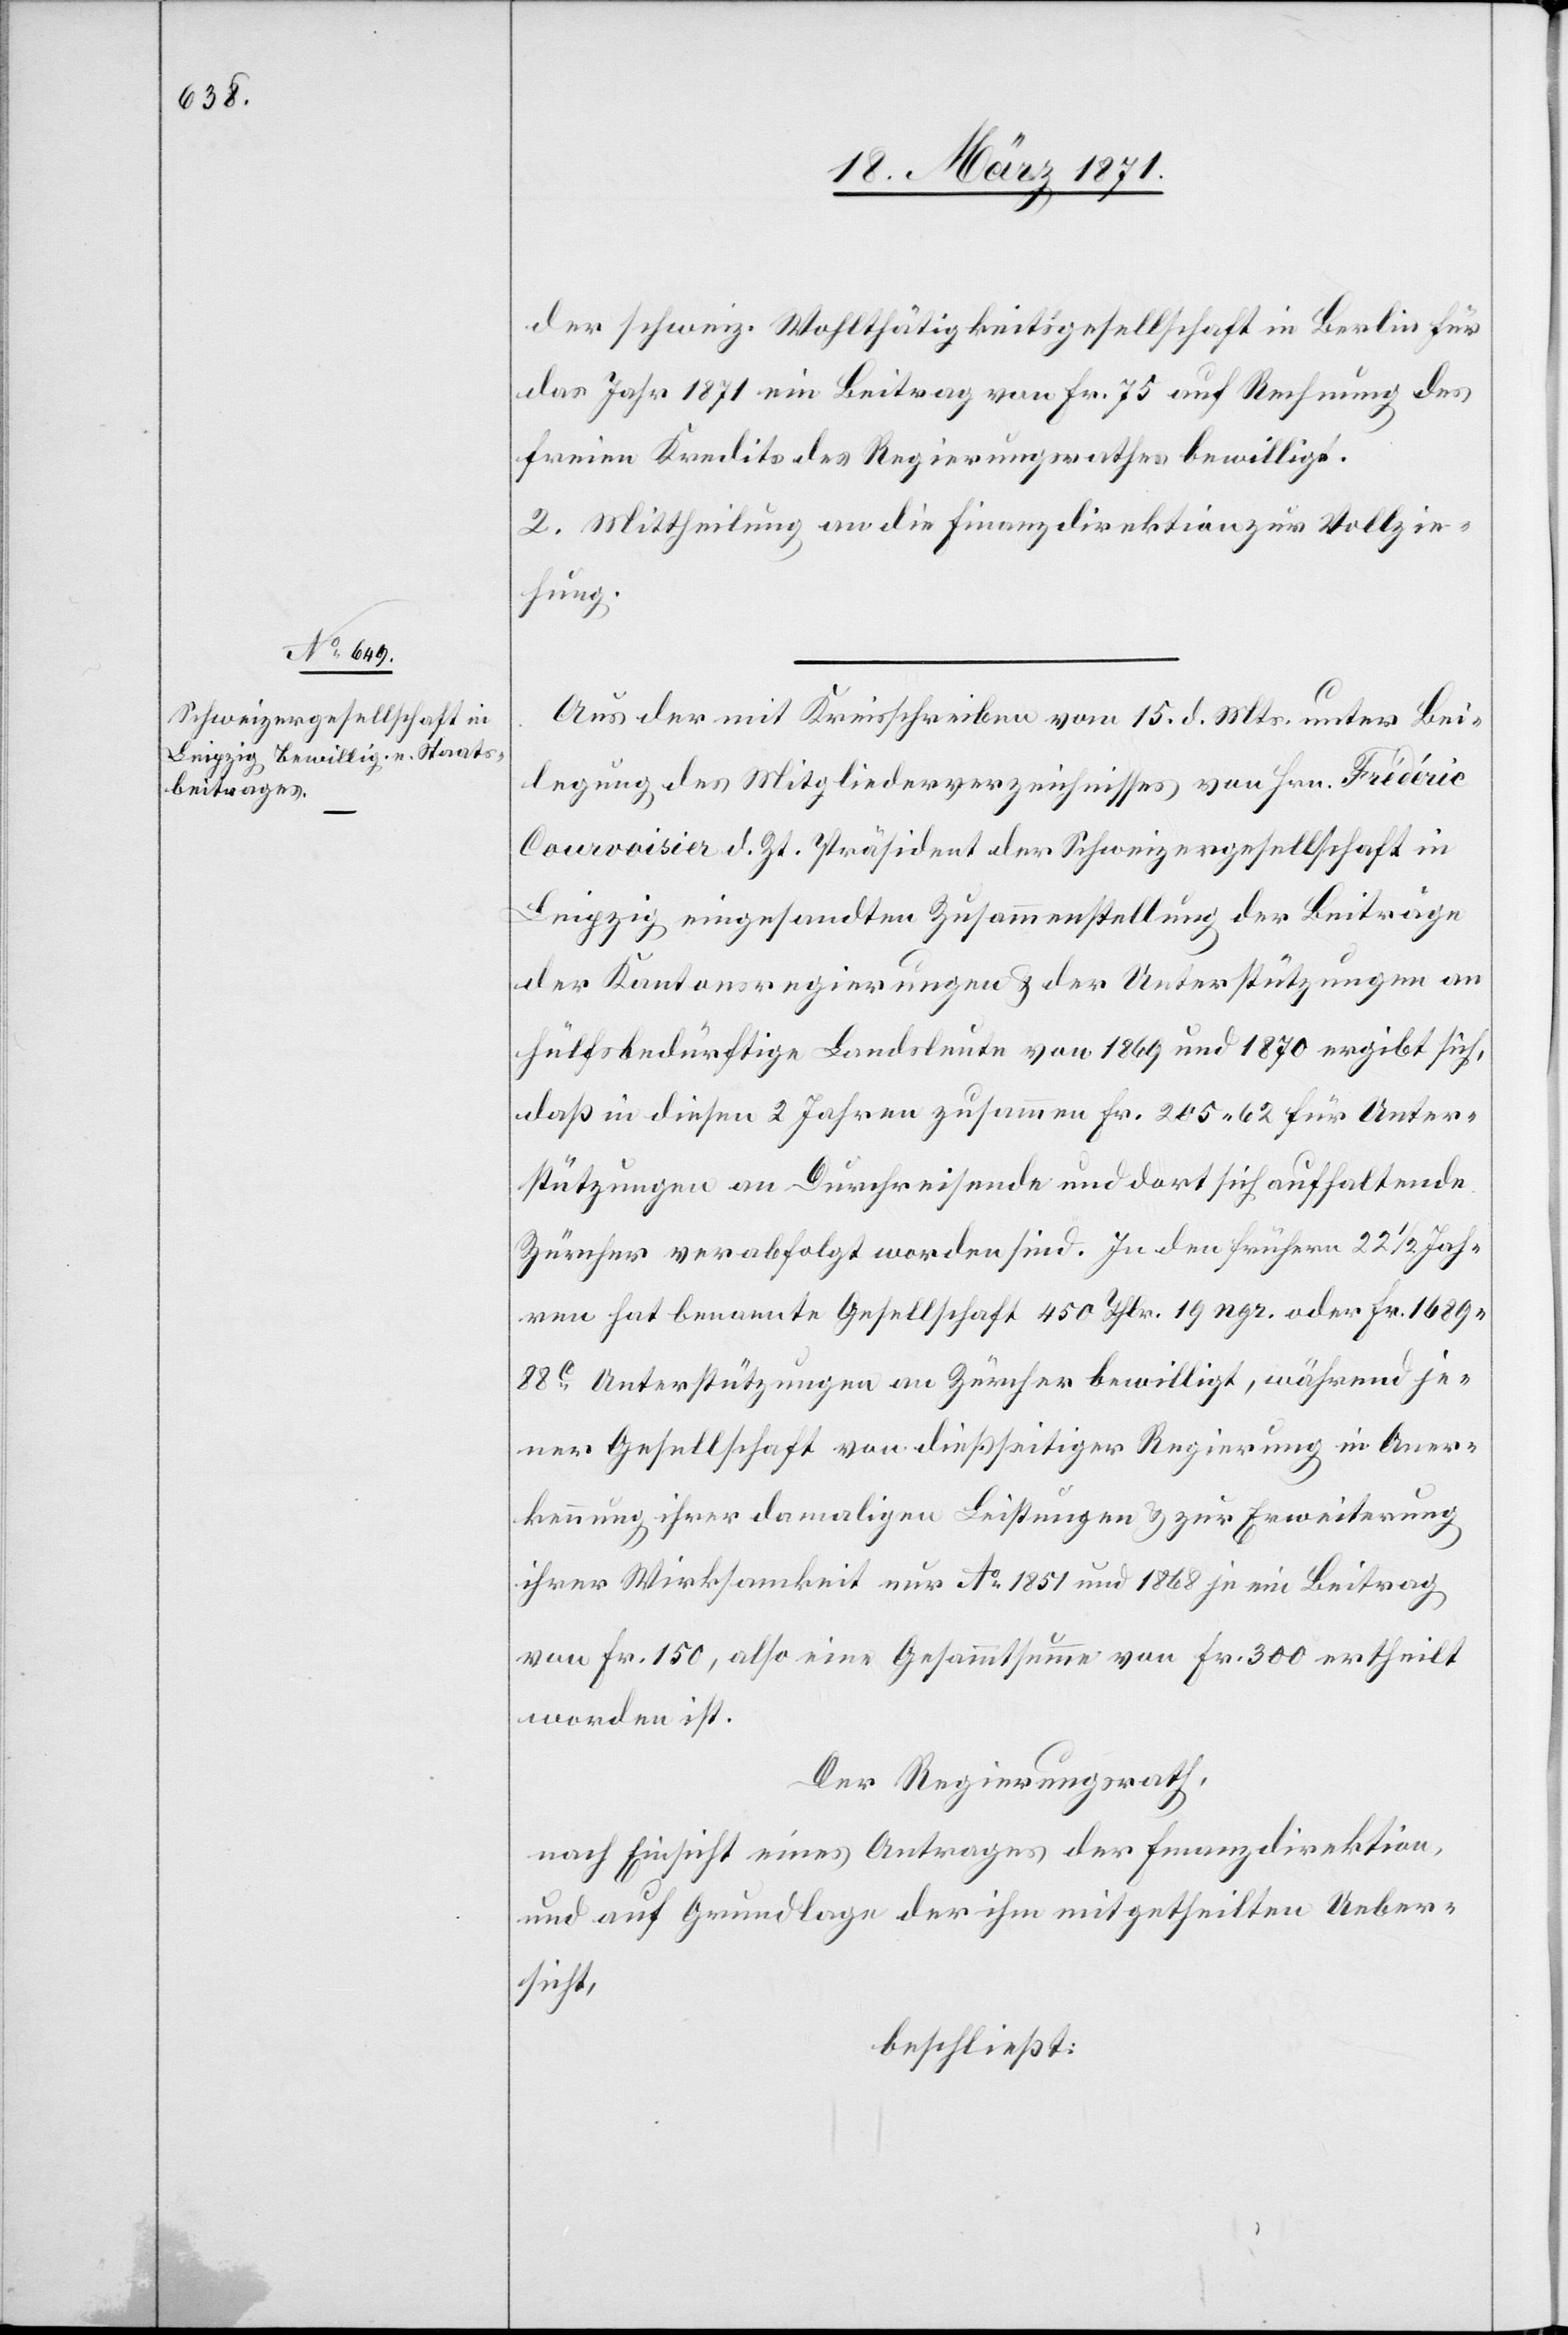
der schweiz. Wohlthätigkeitsgesellschaft in Berlin für
das Jahr 1871 ein Beitrag von Fr. 75 auf Rechnung des
freien Kredits des Regierungsrathes bewilligt.
2. Mittheilung an die Finanzdirektion zur Vollzie¬
hung.
Aus der mit Kreisschreiben vom 15. d. Mts. unter Bei¬
legung des Mitgliederverzeichnisses von Hrn. Frédéric
Courvoisier d. Zt. Präsident der Schweizergesellschaft in
Leipzig eingesandten Zusammenstellung der Beiträge
der Kantonsregierungen u. der Unterstützungen an
hülfsbedürftige Landsleute von 1869 und 1870 ergibt sich,
daß in diesen 2 Jahren zusammen Fr. 205.62 für Unter¬
stützungen an Durchreisende und dort sich aufhaltende
Zürcher verabfolgt worden sind. In den frühern 22 1/2 Jah¬
ren hat benannte Gesellschaft 450 Thlr. 19 ngr. oder Fr. 1689.88c.
Unterstützungen an Zürcher bewilligt, während je¬
ner Gesellschaft von dießseitiger Regierung in Aner¬
kennung ihrer damaligen Leistungen u. zur Erweiterung
ihrer Wirksamkeit nur No. 1851 und 1868 je ein Beitrag
von Fr. 150, also eine Gesammtsumme von Fr. 300 ertheilt
worden ist.
Der Regierungsrath,
nach Einsicht eines Antrages der Finanzdirektion,
und auf Grundlage der ihm mitgetheilten Ueber¬
sicht,
beschließt: